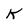
Character: K